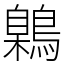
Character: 鷍